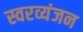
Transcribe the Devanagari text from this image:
स्वरव्यंजन